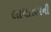
લાધારામની